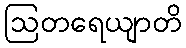
ဩတရေယျာတိ